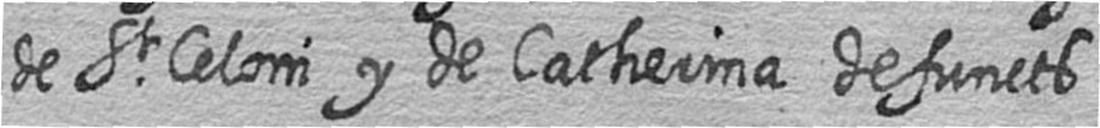
de St Celoni y de Catherina defuncts